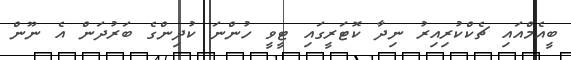
ބީއެމްއައި ޗެކްކުރިއިރު ނިދާ ކޮޓަރީގައި ޓީވީ ހުންނަ ކުދިންގެ ބަރުދަން އެ ނޫން